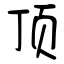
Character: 顶